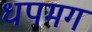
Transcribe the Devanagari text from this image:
धपमग